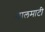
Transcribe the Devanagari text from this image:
ळालमाटी